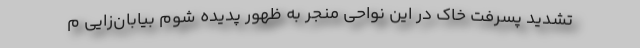
تشدید پسرفت خاک در این نواحی منجر به ظهور پدیده شوم بیابان‌زایی م